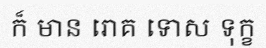
ក៏ មាន រោគ ទោស ទុក្ខ